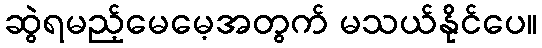
ဆွဲရမည့်မေမေ့အတွက် မသယ်နိုင်ပေ။